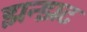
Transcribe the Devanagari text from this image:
झन्झट